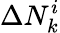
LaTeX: \Delta N_{k}^{i}